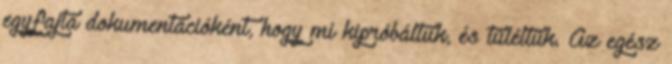
egyfajta dokumentációként, hogy mi kipróbáltuk, és túléltük. Az egész